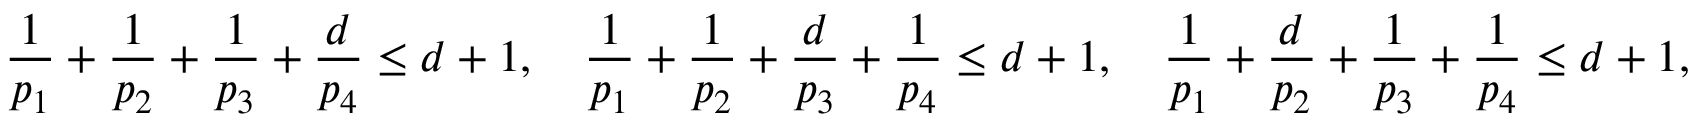
\frac { 1 } { p _ { 1 } } + \frac { 1 } { p _ { 2 } } + \frac { 1 } { p _ { 3 } } + \frac { d } { p _ { 4 } } \le d + 1 , \quad \frac { 1 } { p _ { 1 } } + \frac { 1 } { p _ { 2 } } + \frac { d } { p _ { 3 } } + \frac { 1 } { p _ { 4 } } \le d + 1 , \quad \frac { 1 } { p _ { 1 } } + \frac { d } { p _ { 2 } } + \frac { 1 } { p _ { 3 } } + \frac { 1 } { p _ { 4 } } \le d + 1 ,